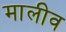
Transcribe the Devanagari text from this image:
मालीव